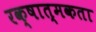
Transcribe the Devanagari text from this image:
रक्षात्मकता